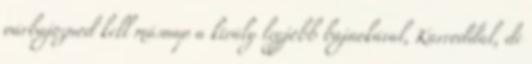
párbajoznod kell másnap a király legjobb bajnokával, Karroddal, de